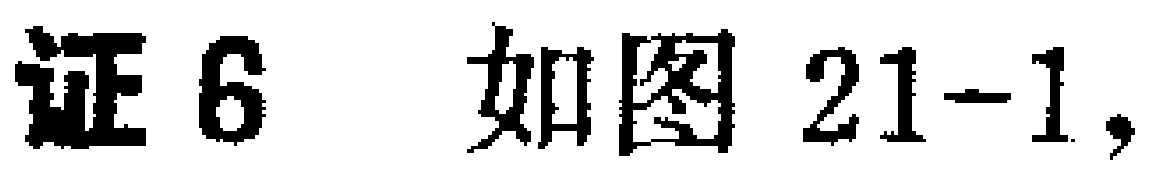
证6 如图21-1,